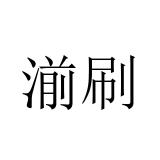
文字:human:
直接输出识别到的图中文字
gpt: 湔刷